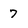
Character: 7